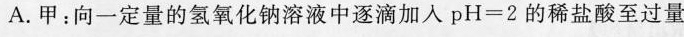
A.甲：向一定量的氢氧化钠溶液中逐滴加入$$p H = 2$$的稀盐酸至过量